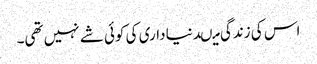
اس کی زندگی میںدنیا داری کی کوئی شے نہیں تھی۔